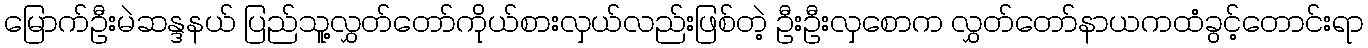
မြောက်ဦးမဲဆန္ဒနယ် ပြည်သူ့လွှတ်တော်ကိုယ်စားလှယ်လည်းဖြစ်တဲ့ ဦးဦးလှစောက လွှတ်တော်နာယကထံခွင့်တောင်းရာ